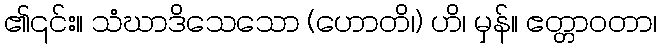
၏၎င်း။ သံဃာဒိသေသော (ဟောတိ၊) ဟိ၊ မှန်။ ဧတ္တာဝတာ၊